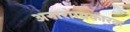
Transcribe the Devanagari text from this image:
अनारोग्यकारक